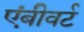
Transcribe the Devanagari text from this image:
एंबीवर्ट